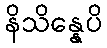
နိသိန္နေပိ